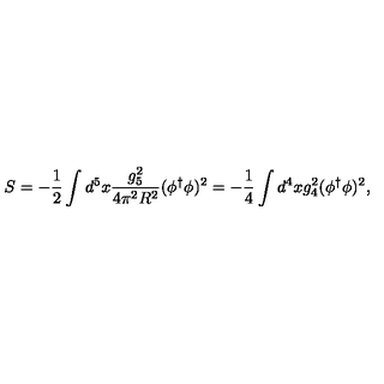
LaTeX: S = - \frac { 1 } { 2 } \int d ^ { 5 } x \frac { g _ { 5 } ^ { 2 } } { 4 \pi ^ { 2 } R ^ { 2 } } ( \phi ^ { \dagger } \phi ) ^ { 2 } = - \frac { 1 } { 4 } \int d ^ { 4 } x g _ { 4 } ^ { 2 } ( \phi ^ { \dagger } \phi ) ^ { 2 } ,